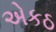
એકઠ